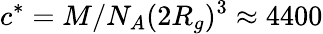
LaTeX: c^{*}=M/N_{A}(2R_{g})^{3}\approx 4400